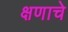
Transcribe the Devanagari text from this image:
क्षणाचे